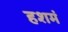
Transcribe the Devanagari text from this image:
हशमं